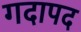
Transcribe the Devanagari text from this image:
गदापद